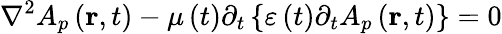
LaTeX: \nabla^{2}A_{p}\left(\mathbf{r},t\right)-\mu\left(t\right)\partial_{t}\left\{ \varepsilon\left(t\right)\partial_{t}A_{p}\left(\mathbf{r},t\right)\right\} =0